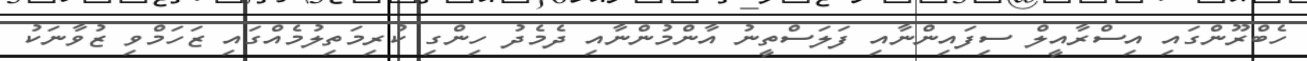
ހެބްރޫންގައި އިސްރާއީލް ސިފައިންނާއި ފަލަސްތީނު އާންމުންނާއި ދެމެދު ހިންގި ކުރިމަތިލުމެއްގައި ޒަހަމްވި ޒުވާނަކު